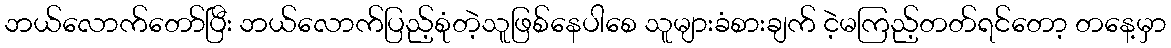
ဘယ်လောက်တော်ပြီး ဘယ်လောက်ပြည့်စုံတဲ့သူဖြစ်နေပါစေ သူများခံစားချက် ငဲ့မကြည့်တတ်ရင်တော့ တနေ့မှာ